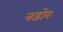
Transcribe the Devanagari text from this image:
नडोर